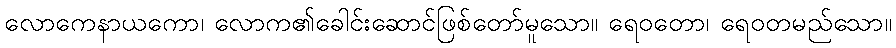
လောကေနာယကော၊ လောက၏ခေါင်းဆောင်ဖြစ်တော်မူသော။ ရေဝတော၊ ရေဝတမည်သော။